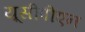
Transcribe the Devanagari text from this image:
यूसीपीएन